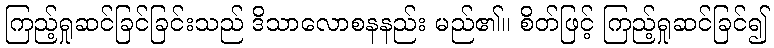
ကြည့်ရှုဆင်ခြင်ခြင်းသည် ဒိသာလောစနနည်း မည်၏။ စိတ်ဖြင့် ကြည့်ရှုဆင်ခြင်၍